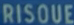
RISQUE